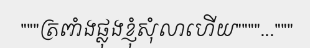
"""ត្រពាំងផ្លុងខ្ញុំសុំលាហើយ""""..."""